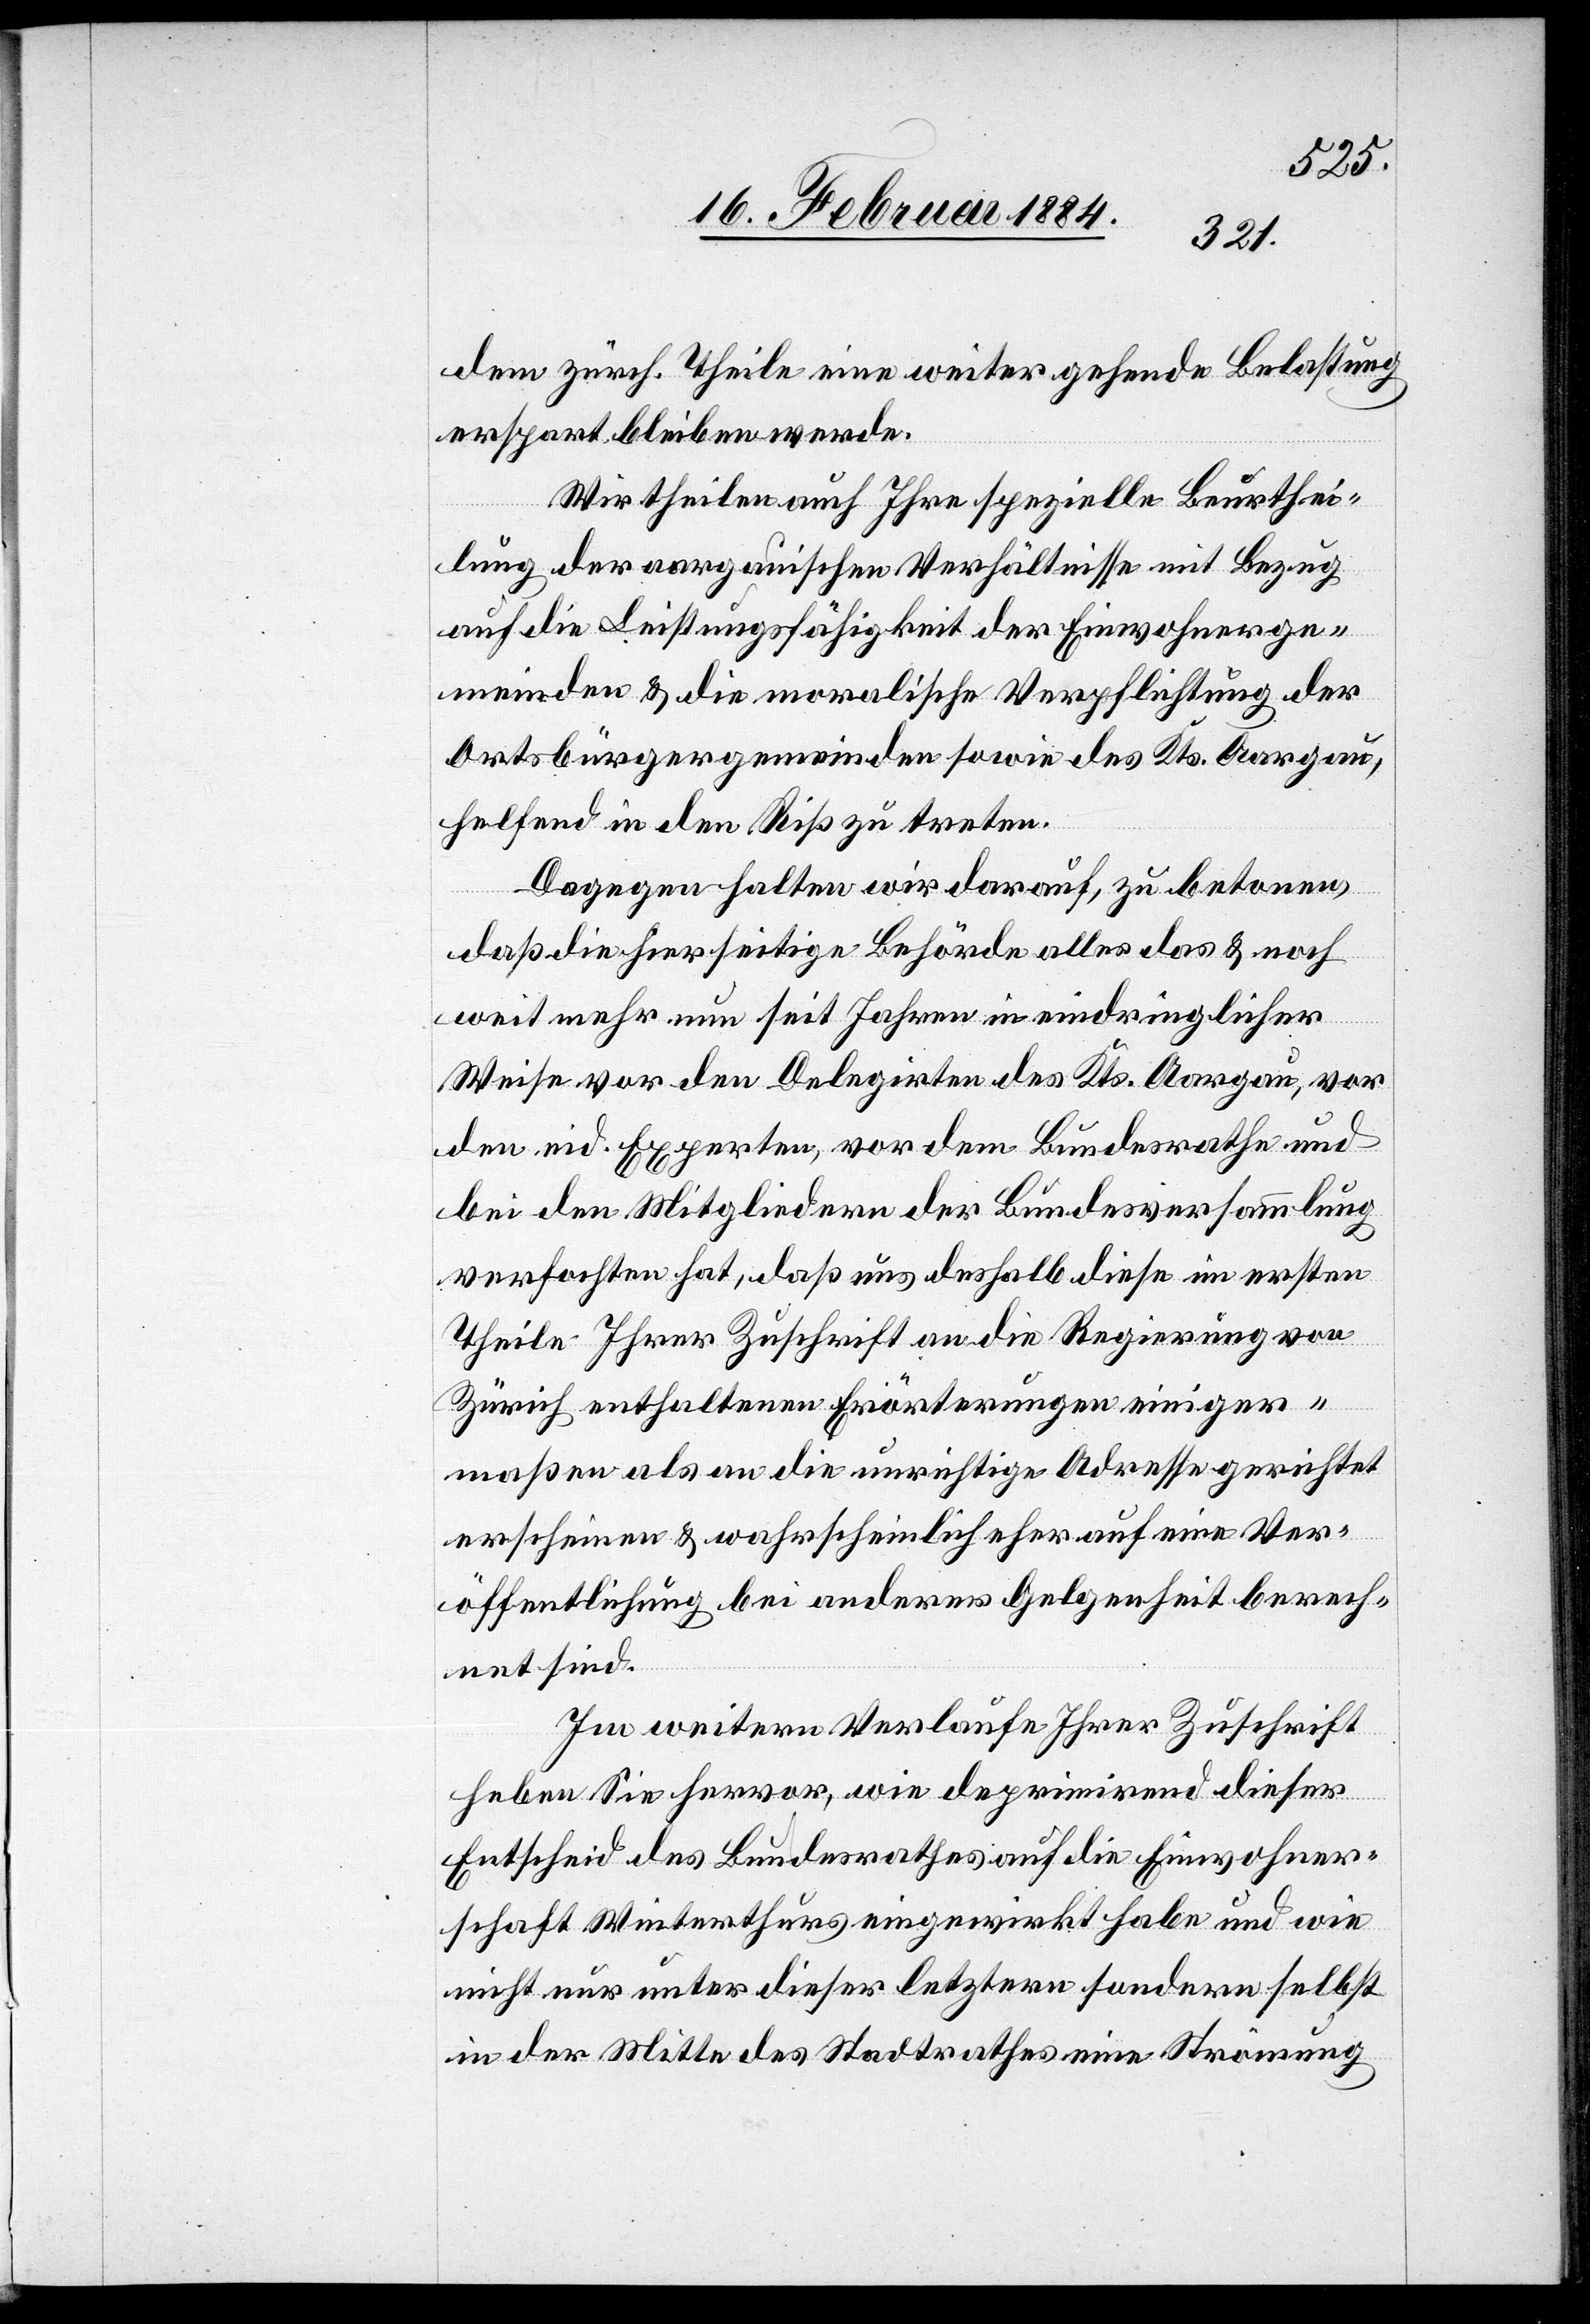
dem zürch. Theile eine weiter gehende Belastung
erspart bleiben werde.
Wir theilen auch Ihre spezielle Beurthei¬
lung der aargauischen Verhältnisse mit Bezug
auf die Leistungsfähigkeit der Einwohner der
Ortsbürgergemeinden sowie des Kts. Aargau,
helfend in den Riß zu treten.
Dagegen halten wir darauf, zu betonen,
daß die hierseitige Behörde alles das & noch
weit mehr nun seit Jahren in eindringlicher
Weise vor den Delegirten des Kts. Aargau, vor
den eid. Experten, vor dem Bundesrathe und
bei den Mitgliedern der Bundesversammlung
verfochten hat, daß uns deshalb diese im ersten
Theile Ihrer Zuschrift an die Regierung von
Zürich enthaltenen Erörterungen einiger¬
maßen als an die unrichtige Adresse gerichtet
erscheinen & wahrscheinlich eher auf eine Ver¬
öffentlichung bei anderer Gelegenheit berech¬
net sind.
Im weiteren Verlaufe Ihrer Zuschrift
heben Sie hervor, wie deprimirend dieser
Entscheid des Bundesrathes auf die Einwohner¬
schaft Winterthurs eingewirkt haben und wie
nicht nur unter dieser letztern sondern selbst
in der Mitte des Stadtrathes eine Strömung